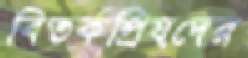
বিতর্কপ্রিয়দের